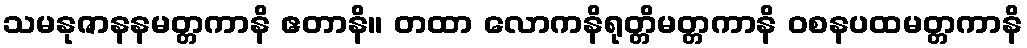
သမနုဇာနနမတ္တကာနိ ဧတာနိ။ တထာ လောကနိရုတ္တိမတ္တကာနိ ဝစနပထမတ္တကာနိ